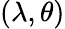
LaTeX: (\lambda,\theta)